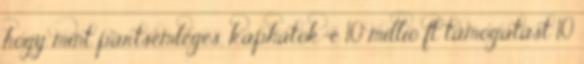
hogy mint pártsemleges, kaphatok-é 10 millió ft támogatást 10